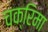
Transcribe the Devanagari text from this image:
चक्रिमा